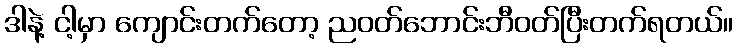
ဒါနဲ့ ငါ့မှာ ကျောင်းတက်တော့ ညဝတ်ဘောင်းဘီဝတ်ပြီးတက်ရတယ်။